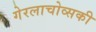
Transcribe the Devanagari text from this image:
गेरलाचोव्सकी